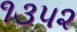
૧૩૫૨